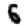
Digit: 6